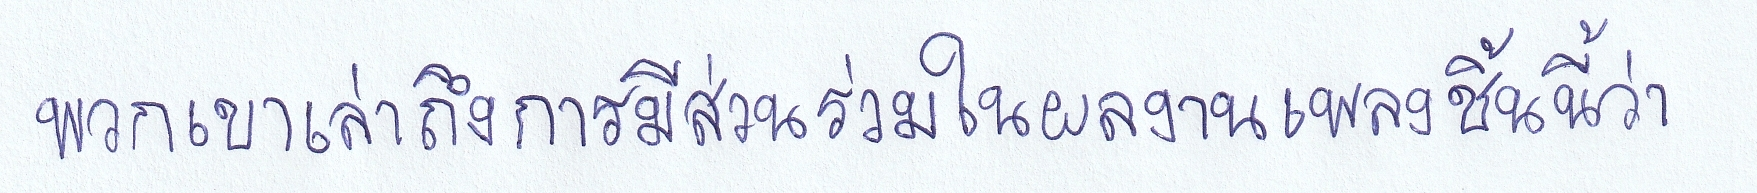
พวกเขาเล่าถึงการมีส่วนร่วมในผลงานเพลงชิ้นนี้ว่า